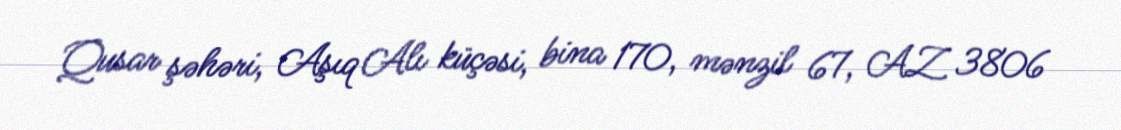
Qusar şəhəri, Aşıq Alı küçəsi, bina 170, mənzil 67, AZ 3806